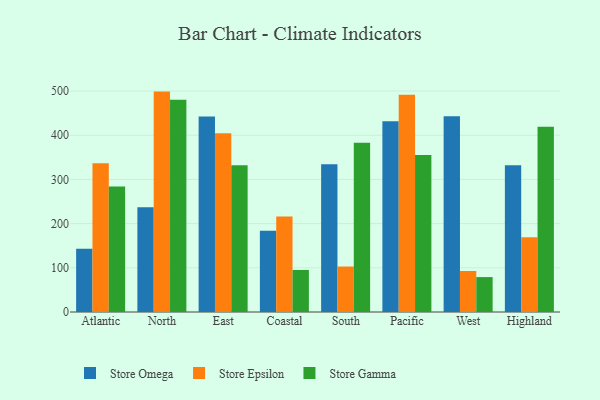
{"axis": {"x": "Region", "y": "Satisfaction Score"}, "legend": ["Store Epsilon", "Store Gamma", "Store Omega"], "data": [{"x": "Atlantic", "y": 143.2, "type": "Store Omega"}, {"x": "Atlantic", "y": 336.6, "type": "Store Epsilon"}, {"x": "Atlantic", "y": 284.1, "type": "Store Gamma"}, {"x": "North", "y": 236.8, "type": "Store Omega"}, {"x": "North", "y": 498.7, "type": "Store Epsilon"}, {"x": "North", "y": 480.3, "type": "Store Gamma"}, {"x": "East", "y": 442.3, "type": "Store Omega"}, {"x": "East", "y": 404.3, "type": "Store Epsilon"}, {"x": "East", "y": 331.8, "type": "Store Gamma"}, {"x": "Coastal", "y": 183.6, "type": "Store Omega"}, {"x": "Coastal", "y": 216.0, "type": "Store Epsilon"}, {"x": "Coastal", "y": 95.2, "type": "Store Gamma"}, {"x": "South", "y": 334.4, "type": "Store Omega"}, {"x": "South", "y": 102.9, "type": "Store Epsilon"}, {"x": "South", "y": 382.7, "type": "Store Gamma"}, {"x": "Pacific", "y": 431.6, "type": "Store Omega"}, {"x": "Pacific", "y": 491.7, "type": "Store Epsilon"}, {"x": "Pacific", "y": 355.1, "type": "Store Gamma"}, {"x": "West", "y": 443.1, "type": "Store Omega"}, {"x": "West", "y": 92.8, "type": "Store Epsilon"}, {"x": "West", "y": 79.0, "type": "Store Gamma"}, {"x": "Highland", "y": 332.0, "type": "Store Omega"}, {"x": "Highland", "y": 169.1, "type": "Store Epsilon"}, {"x": "Highland", "y": 419.0, "type": "Store Gamma"}]}